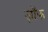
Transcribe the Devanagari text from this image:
ज़ॉफ